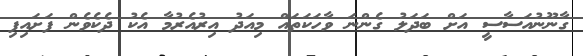
ގާނޫނުއަސާސީ އަށް ބަދަލު ގެންނަ ވާހަކަތައް މިއަދު އިރުއެރުމާ އެކު ދެކެވެން ފަށައިފި